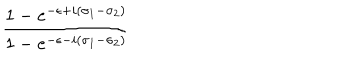
\frac { 1 - e ^ { - \epsilon + i ( \sigma _ { 1 } - \sigma _ { 2 } ) } } { 1 - e ^ { - \epsilon - i ( \sigma _ { 1 } - \sigma _ { 2 } ) } }